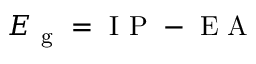
E _ { \mathrm { ~ g ~ } } = \mathrm { ~ I ~ P ~ } - \mathrm { ~ E ~ A ~ }